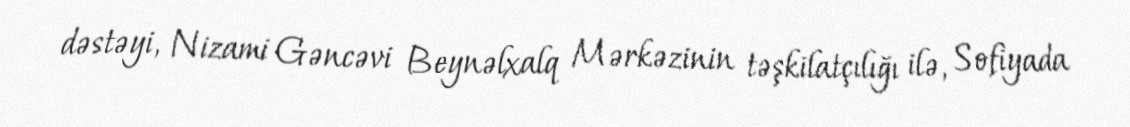
dəstəyi, Nizami Gəncəvi Beynəlxalq Mərkəzinin təşkilatçılığı ilə, Sofiyada